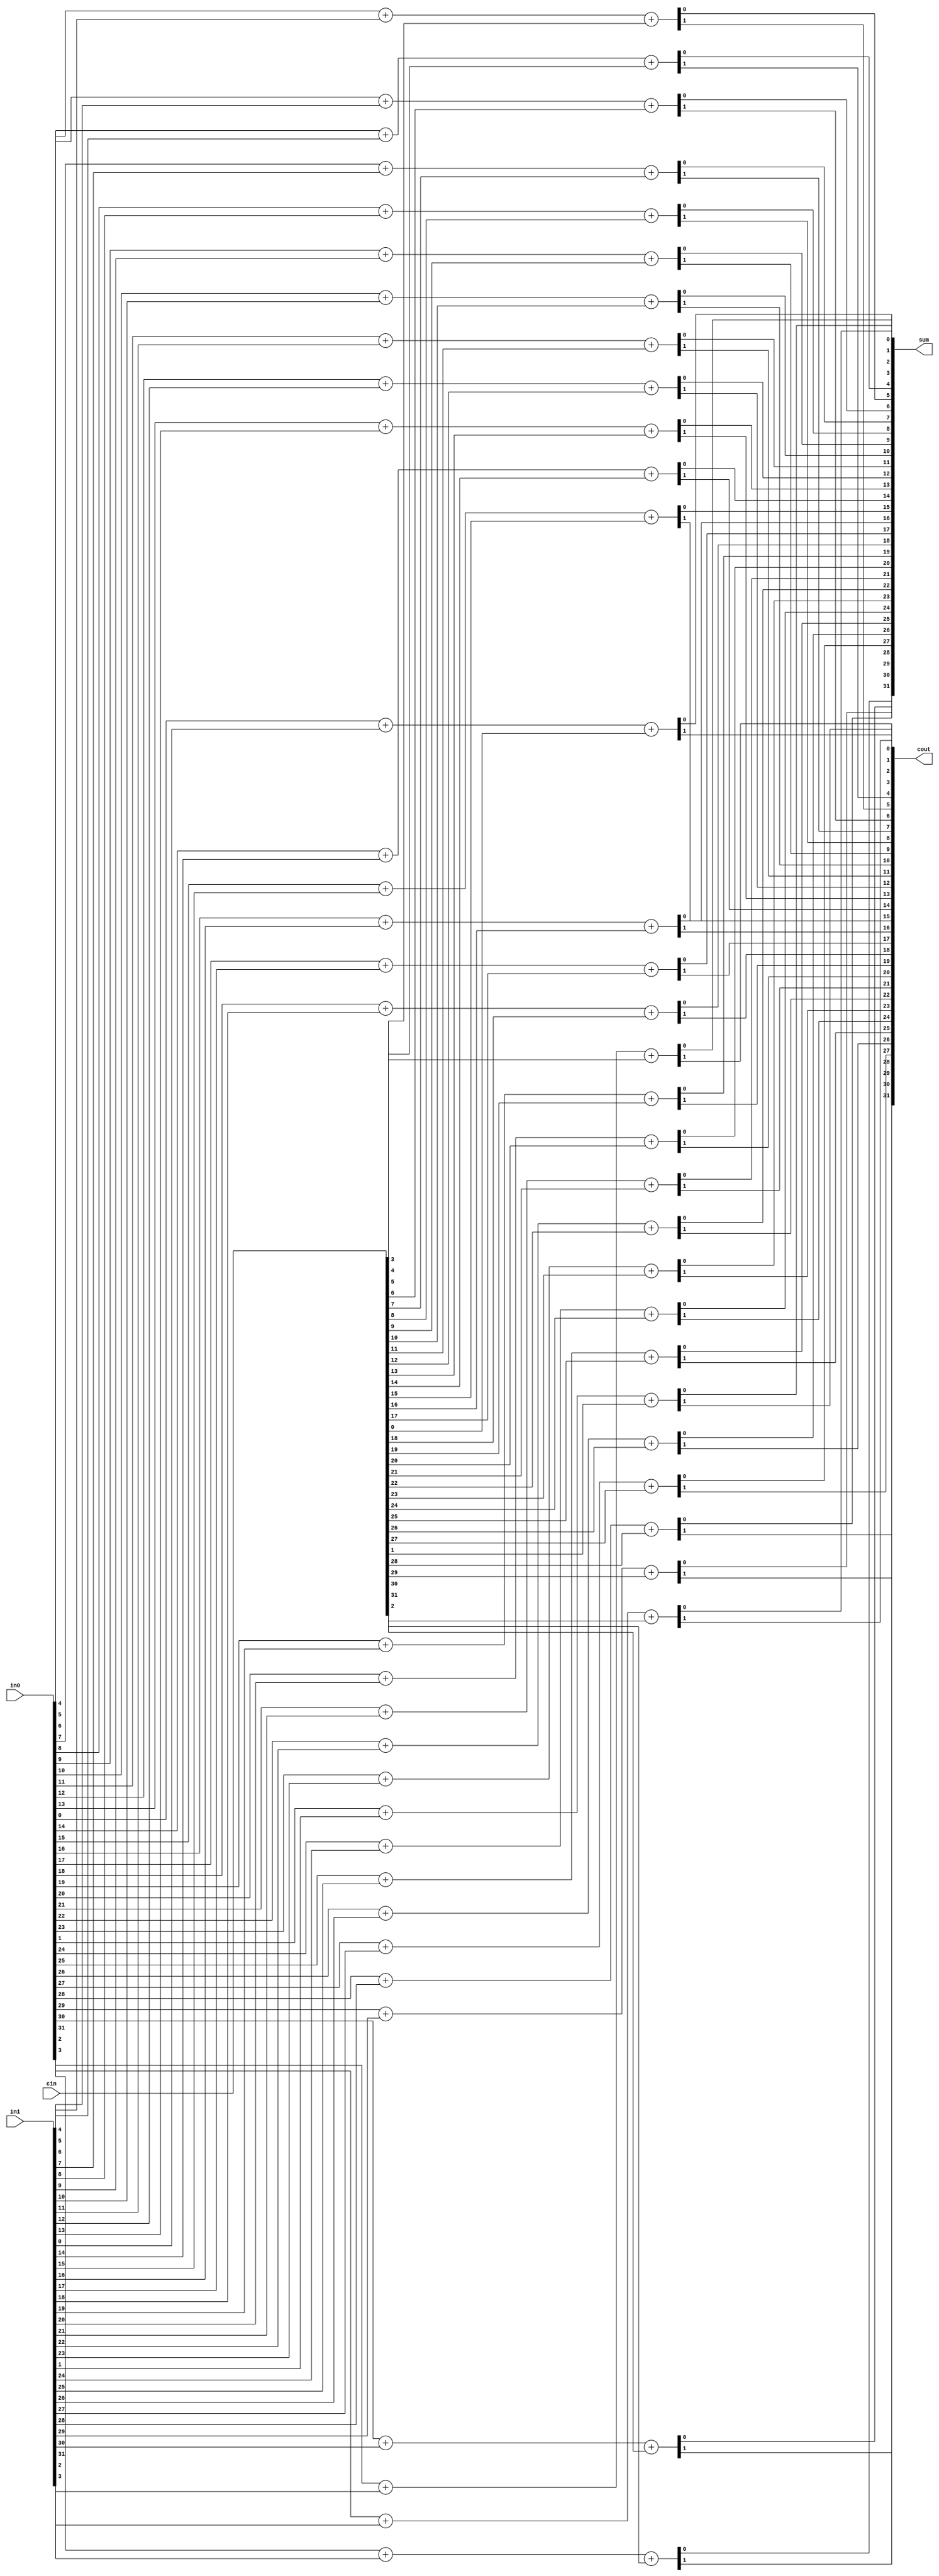
// Copyright (C) 2022, Andes Technology Corp. Confidential Proprietary

module kv_csa3_2 (
    in0,
    in1,
    cin,
    sum,
    cout
);
parameter CSA_WIDTH = 32;
input [CSA_WIDTH - 1:0] in0;
input [CSA_WIDTH - 1:0] in1;
input [CSA_WIDTH - 1:0] cin;
output [CSA_WIDTH - 1:0] sum;
output [CSA_WIDTH - 1:0] cout;


integer i;
reg [CSA_WIDTH - 1:0] sum;
reg [CSA_WIDTH - 1:0] cout;
always @(in0 or in1 or cin) begin
    for (i = 0; i < CSA_WIDTH; i = i + 1) begin
        {cout[i],sum[i]} = {1'b0,in0[i]} + {1'b0,in1[i]} + {1'b0,cin[i]};
    end
end

endmodule